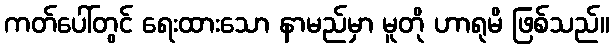
ကတ်ပေါ်တွင် ရေးထားသော နာမည်မှာ မူတို ဟာရုမိ ဖြစ်သည်။